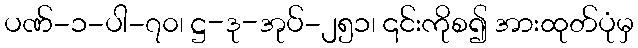
ပဏ်-၁-ပါ-၇၀၊ ဋ္ဌ-ဒု-အုပ်-၂၅၁၊ ၎င်းကိုစ၍ အားထုတ်ပုံမှ